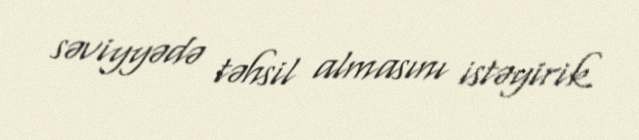
səviyyədə təhsil almasını istəyirik.